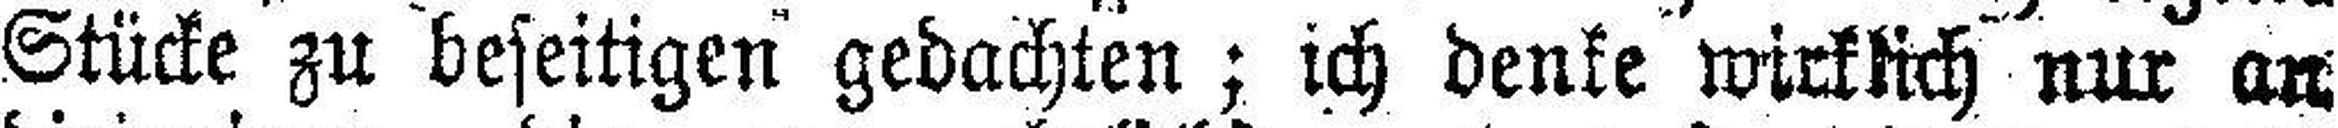
Stücke zu beseitigen gedachten; ich denke wirklich nur an